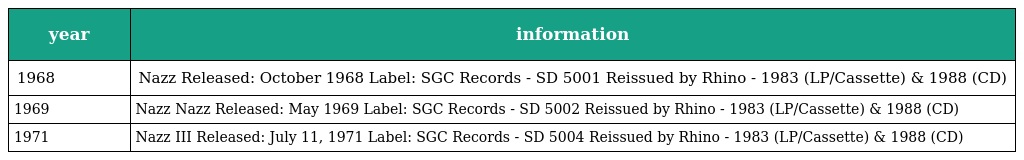
| year | information |
 | --- | --- |
 | 1968 | Nazz Released: October 1968 Label: SGC Records - SD 5001 Reissued by Rhino - 1983 (LP/Cassette) & 1988 (CD) |
 | 1969 | Nazz Nazz Released: May 1969 Label: SGC Records - SD 5002 Reissued by Rhino - 1983 (LP/Cassette) & 1988 (CD) |
 | 1971 | Nazz III Released: July 11, 1971 Label: SGC Records - SD 5004 Reissued by Rhino - 1983 (LP/Cassette) & 1988 (CD) |